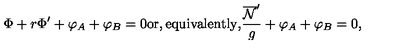
{ \Phi } + r { \Phi } ^ { \prime } + { \varphi } _ { A } + { \varphi } _ { B } = 0 \mathrm { o r , e q u i v a l e n t l y , } \frac { \overline { { \cal { N } } } ^ { \prime } } { g } + { \varphi } _ { A } + { \varphi } _ { B } = 0 ,